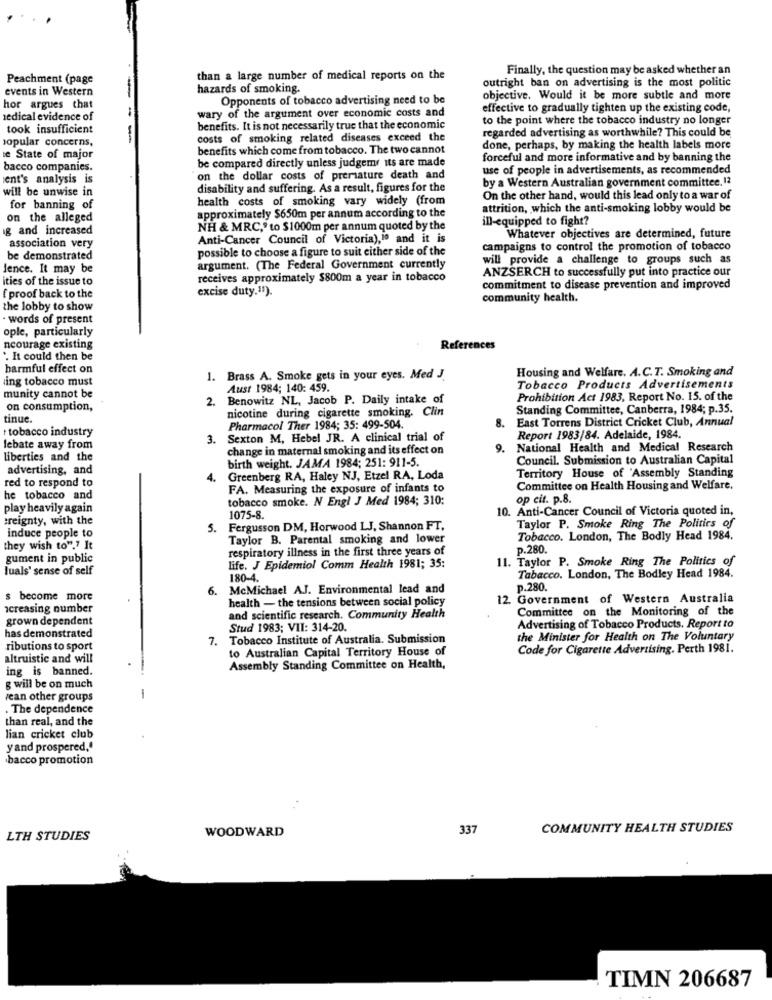
Finally, the question may be asked whether an
Peachment (page
than a large number of medical reports on the
outright ban on advertising is the most politic
events in Western
hazards of smoking.
Opponents of tobacco advertising need to be
objective. Would it be more subtle and more
hor argues that
wary of the argument over economic costs and
effective to gradually tighten up the existing code,
redical evidence of
-
to the point where the tobacco industry no longer
took insufficient
benefits. It is not necessarily true that the economic
popular concerns,
costs of smoking related diseases exceed the
regarded advertising as worthwhile? This could be
benefits which come from tobacco. The two cannot
done, perhaps, by making the health labels more
e State of major
be compared directly unless judgemr its are made
forceful and more informative and by banning the
bacco companies.
use of people in advertisements, as recommended
ent's analysis is
on the dollar costs of premature death and
by a Western Australian government committee. 12
will be unwise in
disability and suffering. As a result, figures for the
health costs of smoking vary widely (from
On the other hand, would this lead only to a war of
for banning of
attrition, which the anti-smoking lobby would be
on the alleged
approximately $650m per annum according to the
inl-equipped to fight?
g and increased
NH & MRC," to $1000m per annum quoted by the
association very
Anti-Cancer Council of Victoria),1ª and it is
Whatever objectives are determined, future
possible to choose a figure to suit either side of the
campaigns to control the promotion of tobacco
be demonstrated
will provide a challenge to groups such as
lence. It may be
argument. (The Federal Government currently
ANZSERCH to successfully put into practice our
ities of the issue to
receives approximately $800m a year in tobacco
excise duty.11)
commitment to disease prevention and improved
f proof back to the
community health.
the lobby to show
words of present
ople, particularly
ncourage existing
References
. It could then be
harmful effect on
Housing and Welfare. A.C.T. Smoking and
ing tobacco must
1. Brass A. Smoke gets in your eyes. Med J.
Aust 1984; 140: 459.
Tobacco Products Advertisements
munity cannot be
2. Benowitz NL, Jacob P. Daily intake of
Prohibition Act 1983, Report No. 15. of the
on consumption,
nicotine during cigarette smoking. Clin
Standing Committee, Canberra, 1984; p.35.
tinue.
.East Torrens District Cricket Club, Annual
tobacco industry
Pharmacol Ther 1984; 35: 499-504.
3. Sexton M, Hebel JR. A clinical trial of
Report 1983/84. Adelaide, 1984.
lebate away from
change in maternal smoking and its effect on
9.
National Health and Medical Research
Liberties and the
birth weight. JAMA 1984; 251: 911-5.
Council. Submission to Australian Capital
advertising, and
red to respond to
. Greenberg RA, Haley NJ, Etzel RA, Loda
Territory House of 'Assembly Standing
FA. Measuring the exposure of infants to
Committee on Health Housing and Welfare.
he tobacco and
tobacco smoke. N Engl J Med 1984; 310:
op cit. p.8.
play heavily again
10. Anti-Cancer Council of Victoria quoted in,
treignty, with the
1075-8.
Fergusson DM, Horwood LJ, Shannon FT,
Taylor P. Smoke Ring The Politics of
induce people to
Taylor B. Parental smoking and lower
Tobacco. London, The Bodly Head 1984.
they wish to"." It
respiratory illness in the first three years of
p.280.
gument in public
11. Taylor P. Smoke Ring The Politics of
luals' sense of self
life. J Epidemiol Comm Health 1981; 35:
180-4.
Tabacco. London, The Bodley Head 1984.
6. McMichael AJ. Environmental lead and
p.280.
s become more
health - the tensions between social policy
12. Government of Western Australia
creasing number
Committee on the Monitoring of the
grown dependent
and scientific research. Community Health
has demonstrated
Stud 1983; VII: 314-20.
Advertising of Tobacco Products. Report to
7. Tobacco Institute of Australia. Submission
the Minister for Health on The Voluntary
ributions to sport
to Australian Capital Territory House of
Code for Cigarette Advertising. Perth 1981.
altruistic and will
ing is banned.
Assembly Standing Committee on Health,
g will be on much
vean other groups
-
. The dependence
than real, and the
lian cricket club
y and prospered."
bacco promotion
..
337
COMMUNITY HEALTH STUDIES
LTH STUDIES
WOODWARD
TIMN 206687